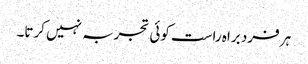
ہر فرد براہ راست کوئی تجربہ نہیں کرتا۔